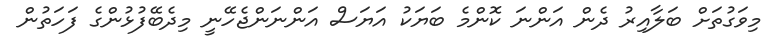
މިވަގުތަށް ބަލާއިރު ދެން އަންނަ ކޮންމެ ބަޔަކު އަޔަސް އަންނަންޖެހޭނީ މިދެބޭފުޅުންގެ ފަހަތުން